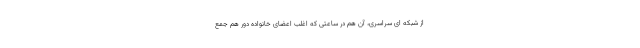
از شبکه ای سراسری، آن هم در ساعتی که اغلب اعضای خانواده دور هم جمع